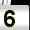
Digit: 5